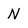
Character: N